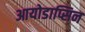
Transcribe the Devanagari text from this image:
आयोडाप्सिन